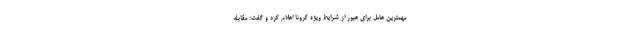
مهمترین عامل برای عبور از شرایط ویژه کرونا اعلام کرد و گفت: مقابله